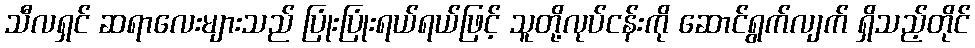
သီလရှင် ဆရာလေးများသည် ပြုံးပြုံးရယ်ရယ်ဖြင့် သူတို့လုပ်ငန်းကို ဆောင်ရွက်လျက် ရှိသည့်တိုင်